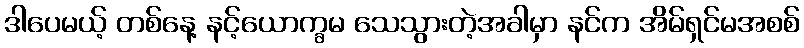
ဒါပေမယ့် တစ်နေ့ နင့်ယောက္ခမ သေသွားတဲ့အခါမှာ နင်က အိမ်ရှင်မအစစ်